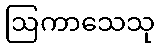
ဩကာသေသု